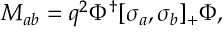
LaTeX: { \cal M } _ { a b } = q ^ { 2 } \Phi ^ { \dagger } [ \sigma _ { a } , \sigma _ { b } ] _ { + } \Phi ,